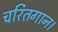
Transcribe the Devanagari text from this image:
चरितगान।